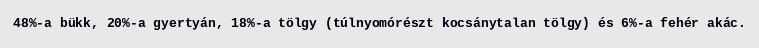
48%-a bükk, 20%-a gyertyán, 18%-a tölgy (túlnyomórészt kocsánytalan tölgy) és 6%-a fehér akác.